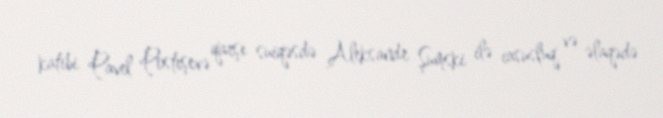
katibi Pavel Postışevə qarşı suiqəsdə Aleksandr Şumski ilə casusluq və əlaqədə